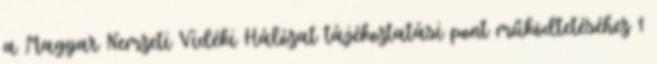
a Magyar Nemzeti Vidéki Hálózat tájékoztatási pont működtetéséhez 1